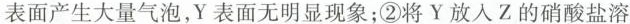
表面产生大量气泡，Y表面无明显现象；②将Y放入Z的硝酸盐溶